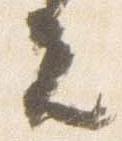
夫